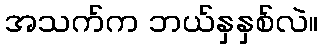
အသက်က ဘယ်နှနှစ်လဲ။